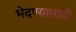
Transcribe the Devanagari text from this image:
भेदण्यासाठी